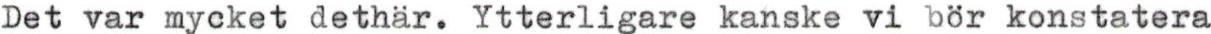
Det var mycket dethär. Ytterligare kanske vi bör konstatera